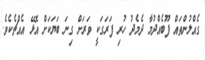
ގެއްލުންތައް ފޫބެއްދުމާ ދެމެދު ހުރި ފަރަގަކީ ވަރަށް ގިނަ ބަޔަކަށް އޮޅޭ އެއްޗެކެވެ.